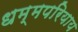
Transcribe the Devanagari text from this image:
धम्मपरियाय